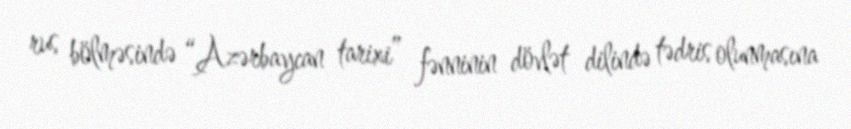
rus bölməsində “Azərbaycan tarixi” fənninin dövlət dilində tədris olunmasına